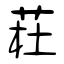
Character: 荰